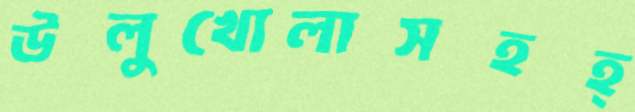
উলুখোলাসহহ্